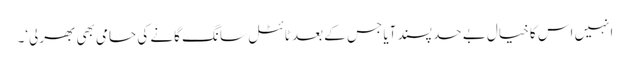
انہیں اس کا خیال بے حد پسند آیا جس کے بعد ٹائٹل سانگ گانے کی حامی بھی بھرلی‘۔